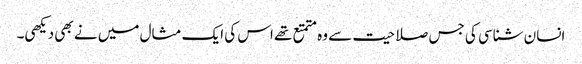
انسان شناسی کی جس صلاحیت سے وہ متمتع تھے اس کی ایک مثال میں نے بھی دیکھی۔